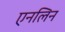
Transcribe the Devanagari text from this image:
एनलिन